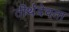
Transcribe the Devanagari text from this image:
तीर्थदेवता